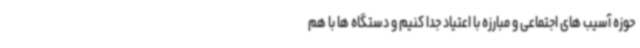
حوزه آسیب های اجتماعی و مبارزه با اعتیاد جدا کنیم و دستگاه ها با هم